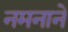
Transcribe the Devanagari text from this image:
नमनाने